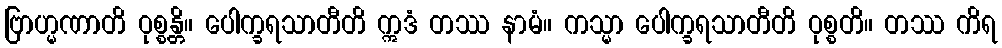
ဗြာဟ္မဏာတိ ဝုစ္စန္တိ။ ပေါက္ခရသာတီတိ ဣဒံ တဿ နာမံ။ ကသ္မာ ပေါက္ခရသာတီတိ ဝုစ္စတိ။ တဿ ကိရ